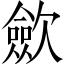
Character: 歛